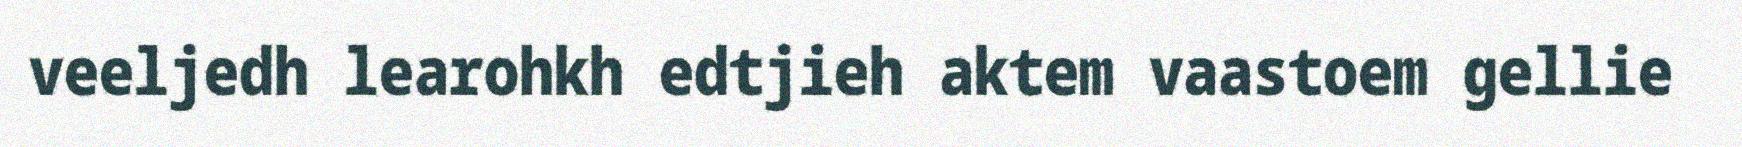
veeljedh learohkh edtjieh aktem vaastoem gellie